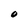
Character: O